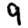
Digit: 9